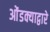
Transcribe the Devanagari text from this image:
ओंडक्याद्वारे